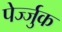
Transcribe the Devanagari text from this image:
पेर्ज्जुक